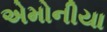
એમોનીયા